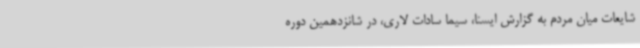
شایعات میان مردم به گزارش ایسنا، سیما سادات لاری، در شانزدهمین دوره